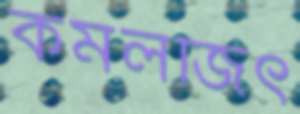
কমলজিৎ